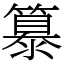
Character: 𥴠